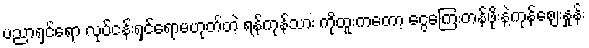
ပညာရှင်ရော လုပ်ငန်းရှင်ရောမဟုတ်တဲ့ ရန်ကုန်သား ကိုထူးကတော့ ငွေကြေးတန်ဖိုးနဲ့ကုန်ဈေးနှုန်း